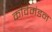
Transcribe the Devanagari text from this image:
कविमंडन